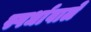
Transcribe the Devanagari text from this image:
स्पर्धावाले